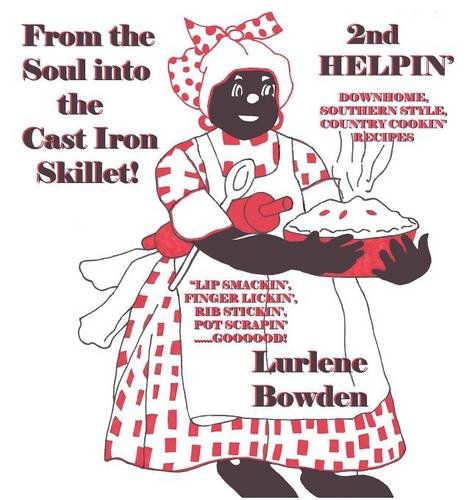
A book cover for From the Soul into the Cast Iron Skillet--2nd Helpin'; Lurlene Bowden; Cookbooks, Food & Wine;